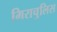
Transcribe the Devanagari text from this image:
मिराचुलिस